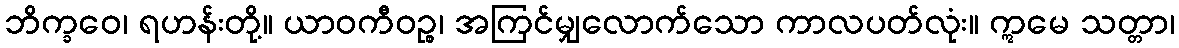
ဘိက္ခဝေ၊ ရဟန်းတို့။ ယာဝကီဝဉ္စ၊ အကြင်မျှလောက်သော ကာလပတ်လုံး။ ဣမေ သတ္တာ၊